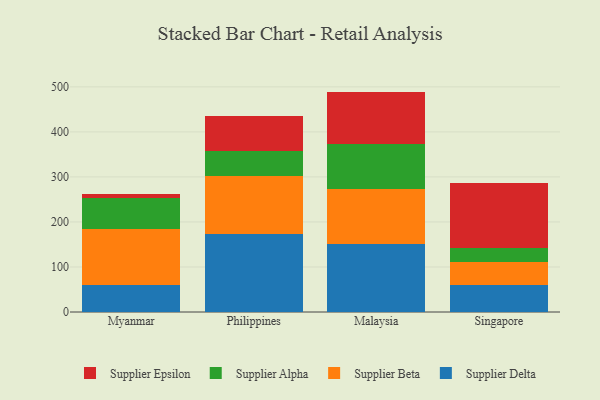
{"axis": {"x": "Country", "y": "Waste Production (Tons)"}, "legend": ["Supplier Alpha", "Supplier Beta", "Supplier Delta", "Supplier Epsilon"], "data": [{"x": "Myanmar", "y": 60.5, "type": "Supplier Delta"}, {"x": "Myanmar", "y": 123.8, "type": "Supplier Beta"}, {"x": "Myanmar", "y": 69.9, "type": "Supplier Alpha"}, {"x": "Myanmar", "y": 8.4, "type": "Supplier Epsilon"}, {"x": "Philippines", "y": 173.1, "type": "Supplier Delta"}, {"x": "Philippines", "y": 129.0, "type": "Supplier Beta"}, {"x": "Philippines", "y": 54.8, "type": "Supplier Alpha"}, {"x": "Philippines", "y": 77.5, "type": "Supplier Epsilon"}, {"x": "Malaysia", "y": 150.8, "type": "Supplier Delta"}, {"x": "Malaysia", "y": 122.3, "type": "Supplier Beta"}, {"x": "Malaysia", "y": 101.0, "type": "Supplier Alpha"}, {"x": "Malaysia", "y": 115.4, "type": "Supplier Epsilon"}, {"x": "Singapore", "y": 60.8, "type": "Supplier Delta"}, {"x": "Singapore", "y": 49.3, "type": "Supplier Beta"}, {"x": "Singapore", "y": 31.6, "type": "Supplier Alpha"}, {"x": "Singapore", "y": 144.5, "type": "Supplier Epsilon"}]}